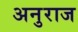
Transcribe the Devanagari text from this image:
अनुराज